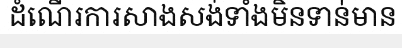
ដំណើរការសាងសង់ទាំងមិនទាន់មាន